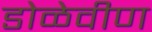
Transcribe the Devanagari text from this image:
डोळेवीण